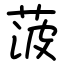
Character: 菠